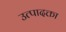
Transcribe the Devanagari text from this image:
उत्पादक्ता